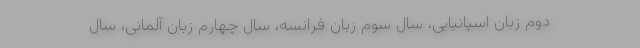
دوم زبان اسپانیایی، سال سوم زبان فرانسه، سال چهارم زبان آلمانی، سال